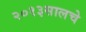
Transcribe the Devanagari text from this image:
२०१३सालचेे